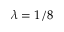
\lambda = 1 / 8